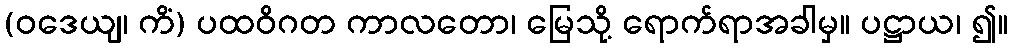
(ဝဒေယျ၊ ကိံ) ပထဝိဂတ ကာလတော၊ မြေသို့ ရောက်ရာအခါမှ။ ပဋ္ဌာယ၊ ၍။